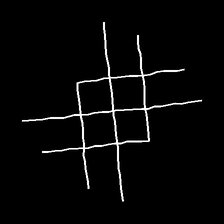
Glyph: crystal